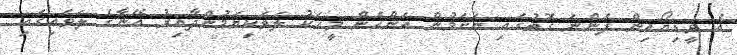
އެ ވީޑިޔޯއިން ފެންނަ ގޮތުގައި ނަށަމުން އަންހެން މީހަކު ލަވަކިޔަމުންދާއިރު އޭނާގެ ލަވައިގައި